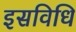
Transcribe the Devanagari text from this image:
इसविधि